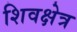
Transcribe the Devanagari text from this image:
शिवक्षेत्र